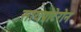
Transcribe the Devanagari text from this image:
सायप्रोटेरोन